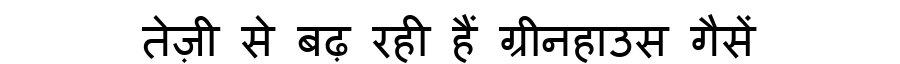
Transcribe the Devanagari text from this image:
तेज़ी से बढ़ रही हैं ग्रीनहाउस गैसें